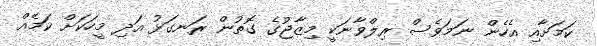
ކަމަށާއި އެހެން ނަމަވެސް ރިލްވާނަކީ މިޒާޖުގެ ގޮތުން ރަނގަޅު އަދި މީހަކަށް ކަމެއް